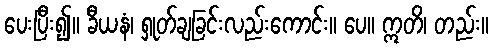
ပေးပြီး၍။ ခီယနံ၊ ရှုတ်ချခြင်းလည်းကောင်း။ ပေ။ ဣတိ၊ တည်း။